Vaccination in Bombay 1863-1868 - 1863-1868
Year: 1863
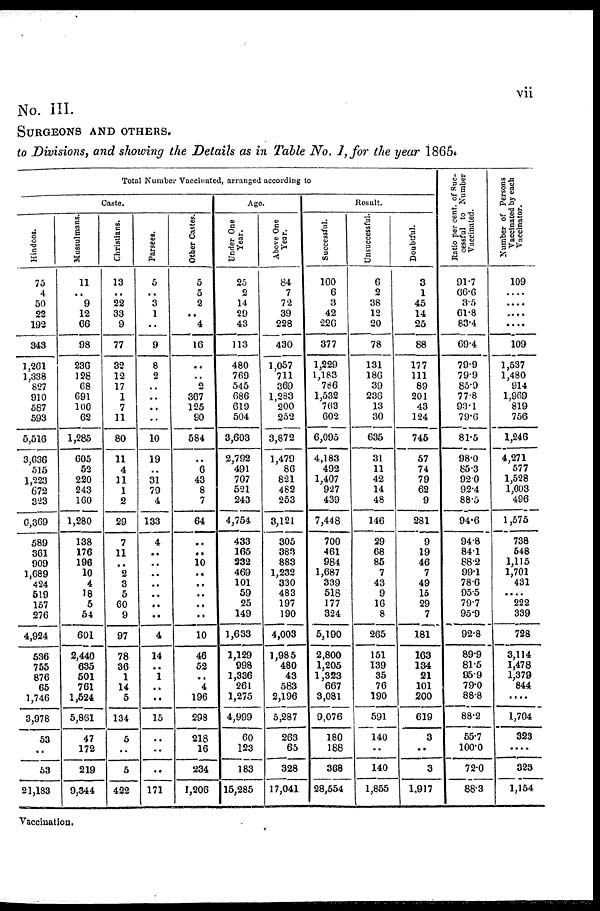
vii
No. III.
SURGEONS AND OTHERS.
to Divisions, and showing the Details as in Table No. 1, for the year 1865.
Total Number Vaccinated, arranged according to
Caste.
Hindoos.
75
4
50
22
192
343
1,261
1,338
827
910
587
593
5,516
3,636
515
1,223
672
323
6,369
589
361
909
1,689
424
519
157
276
4,924
536
755
876
65
1,746
3,978
53
..
53
21,183
Mussulmans.
11
..
9
12
66
98
236
128
68
691
100
62
1,285
605
52
220
243
160
1,280
138
176
196
10
4
18
5
54
601
2,440
635
501
761
1,524
5,861
47
172
219
9,344
Christians.
13
..
22
33
9
77
32
12
17
1
7
11
80
11
4
11
1
2
29
7
11
..
2
3
5
60
9
97
78
36
1
14
5
134
5
..
5
422
Parsees.
5
..
3
1
..
9
8
2
..
..
..
..
10
19
..
31
79
4
133
4
..
..
..
..
..
..
..
4
14
..
1
..
..
15
..
..
..
171
Other Castes.
5
5
2
..
4
16
..
..
2
367
125
90
584
..
6
43
8
7
64
..
..
10
..
..
..
..
..
10
46
52
..
4
196
298
218
16
234
1,206
Age.
Under One
Year.
25
2
14
29
43
113
480
769
545
686
619
504
3,603
2,792
491
707
521
243
4,754
433
165
232
469
101
59
25
149
1,633
1,129
998
1,336
261
1,275
4,999
60
123
183
15,285
Above One
Year.
84
7
72
39
228
430
1,057
711
369
1,283
200
252
3,872
1,479
86
821
482
253
3,121
305
383
883
1,232
330
483
197
190
4,003
1,985
480
43
583
2,196
5,287
263
65
328
17,041
Result.
Successful.
100
6
3
42
226
377
1,229
1,183
786
1,532
763
602
6,095
4,183
492
1,407
927
439
7,448
700
461
984
1,687
339
518
177
324
5,190
2,800
1,205
1,323
667
3,081
9,076
180
188
368
28,554
Unsuccessful.
6
2
38
12
20
78
131
186
39
236
13
30
635
31
11
42
14
48
146
29
68
85
7
43
9
16
8
265
151
139
35
76
190
591
140
..
140
1,855
Doubtful.
3
1
45
14
25
88
177
111
89
201
43
124
745
57
74
79
62
9
281
9
19
46
7
49
15
29
7
181
163
134
21
101
200
619
3
..
3
1,917
Ratio per cent. of Suc-
cessful to Number
Vaccinated.
91.7
66.6
3.5
61.8
83.4
69.4
79.9
79.9
85.9
77.8
93.1
79.6
81.5
98.0
85.3
92.0
92.4
88.5
94.6
94.8
84.1
88.2
99.1
78.6
95.5
79.7
95.9
92.8
89.9
81.5
95.9
79.0
88.8
88.2
55.7
100.0
72.0
88.3
Number of Persons
Vaccinated by each
Vaccinator.
109
....
....
....
....
109
1,537
1,480
914
1,969
819
756
1,246
4,271
577
1,528
1,003
496
1,575
738
548
1,115
1,701
431
....
222
339
728
3,114
1,478
1,379
844
....
1,704
323
....
323
1,154
Vaccination.